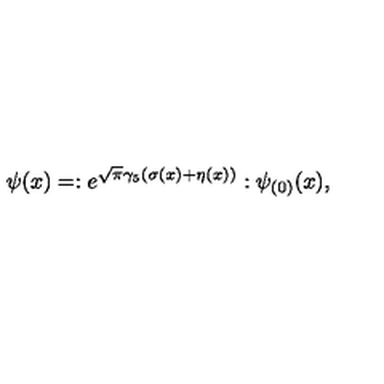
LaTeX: \psi ( x ) = : e ^ { \sqrt \pi \gamma _ { 5 } ( \sigma ( x ) + \eta ( x ) ) } : \psi _ { ( 0 ) } ( x ) ,